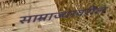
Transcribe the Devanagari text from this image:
साम्राज्यावरील